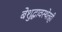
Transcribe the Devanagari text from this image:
बेशुद्धावस्थेतही